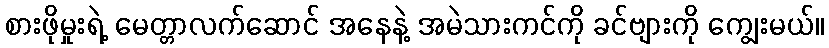
စားဖိုမှုးရဲ့ မေတ္တာလက်ဆောင် အနေနဲ့ အမဲသားကင်ကို ခင်ဗျားကို ကျွေးမယ်။